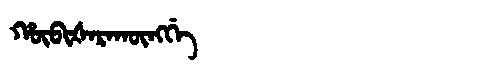
Manchu: ᡥᡡᠪᡳᡧᠠᡵᠠᡴᡡᠩᡤᡝ
Romanization: HŪBIŠARAKŪNGGE